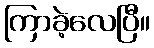
ကြာခဲ့လေပြီ။